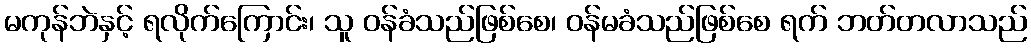
မကုန်ဘဲနှင့် ရလိုက်ကြောင်း၊ သူ ဝန်ခံသည်ဖြစ်စေ၊ ဝန်မခံသည်ဖြစ်စေ ရက် ဘတ်တလာသည်